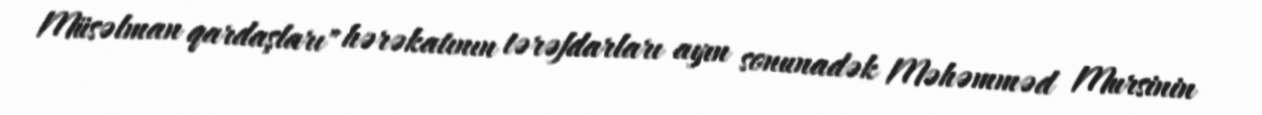
Müsəlman qardaşları" hərəkatının tərəfdarları ayın sonunadək Məhəmməd Mursinin